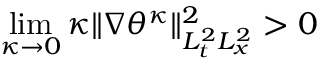
\operatorname* { l i m } _ { \kappa \to 0 } \kappa \| \nabla \theta ^ { \kappa } \| _ { L _ { t } ^ { 2 } L _ { x } ^ { 2 } } ^ { 2 } > 0